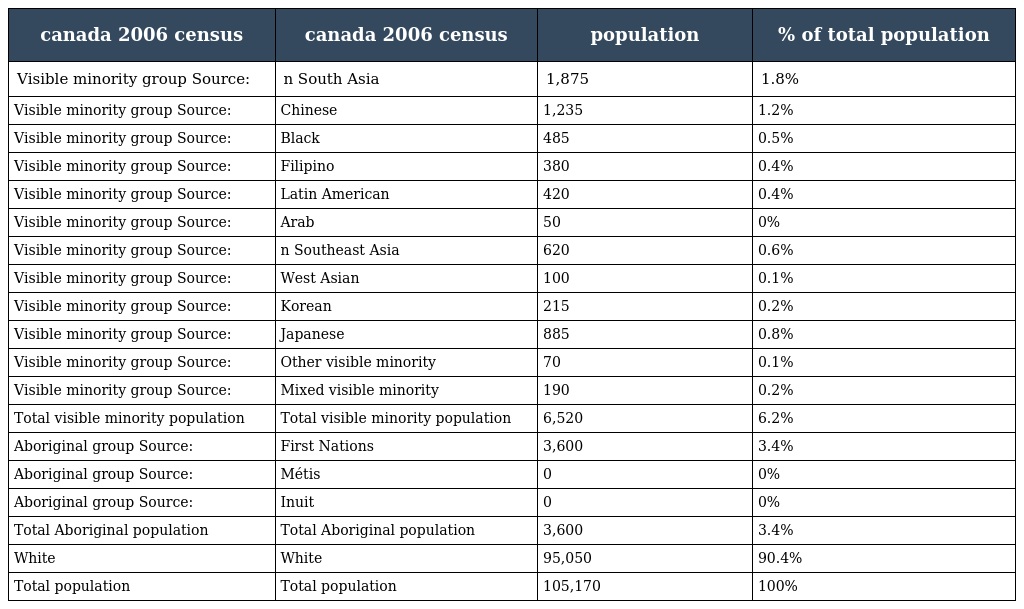
| canada 2006 census | canada 2006 census | population | % of total population |
 | --- | --- | --- | --- |
 | Visible minority group Source: | n South Asia | 1,875 | 1.8% |
 | Visible minority group Source: | Chinese | 1,235 | 1.2% |
 | Visible minority group Source: | Black | 485 | 0.5% |
 | Visible minority group Source: | Filipino | 380 | 0.4% |
 | Visible minority group Source: | Latin American | 420 | 0.4% |
 | Visible minority group Source: | Arab | 50 | 0% |
 | Visible minority group Source: | n Southeast Asia | 620 | 0.6% |
 | Visible minority group Source: | West Asian | 100 | 0.1% |
 | Visible minority group Source: | Korean | 215 | 0.2% |
 | Visible minority group Source: | Japanese | 885 | 0.8% |
 | Visible minority group Source: | Other visible minority | 70 | 0.1% |
 | Visible minority group Source: | Mixed visible minority | 190 | 0.2% |
 | Total visible minority population | Total visible minority population | 6,520 | 6.2% |
 | Aboriginal group Source: | First Nations | 3,600 | 3.4% |
 | Aboriginal group Source: | Métis | 0 | 0% |
 | Aboriginal group Source: | Inuit | 0 | 0% |
 | Total Aboriginal population | Total Aboriginal population | 3,600 | 3.4% |
 | White | White | 95,050 | 90.4% |
 | Total population | Total population | 105,170 | 100% |